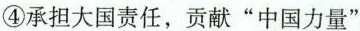
④承担大国责任，贡献”中国力量”